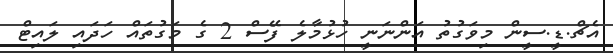
އެޗް.ޑީ.ސީން މިވަގުތު އަންނަނީ ހުޅުމާލެ ފޭސް 2 ގެ މަގުތައް ހަދައި ލައިޓް